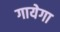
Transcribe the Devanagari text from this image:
गायेगा